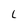
Character: L